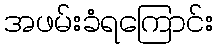
အဖမ်းခံရကြောင်း